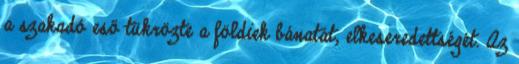
a szakadó eső tükrözte a földiek bánatát, elkeseredettségét. Az